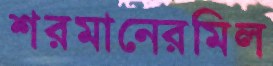
শরমানেরমিল